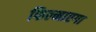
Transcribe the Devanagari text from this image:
फिल्माएगा